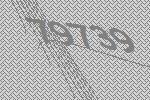
79739